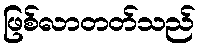
ဖြစ်လာတတ်သည်